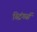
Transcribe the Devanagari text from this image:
स्ट्रिंगर्स